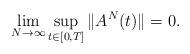
LaTeX: \begin{align*} \lim_{N\to\infty}\sup_{t\in[0,T]}\|A^N(t)\|=0. \end{align*}